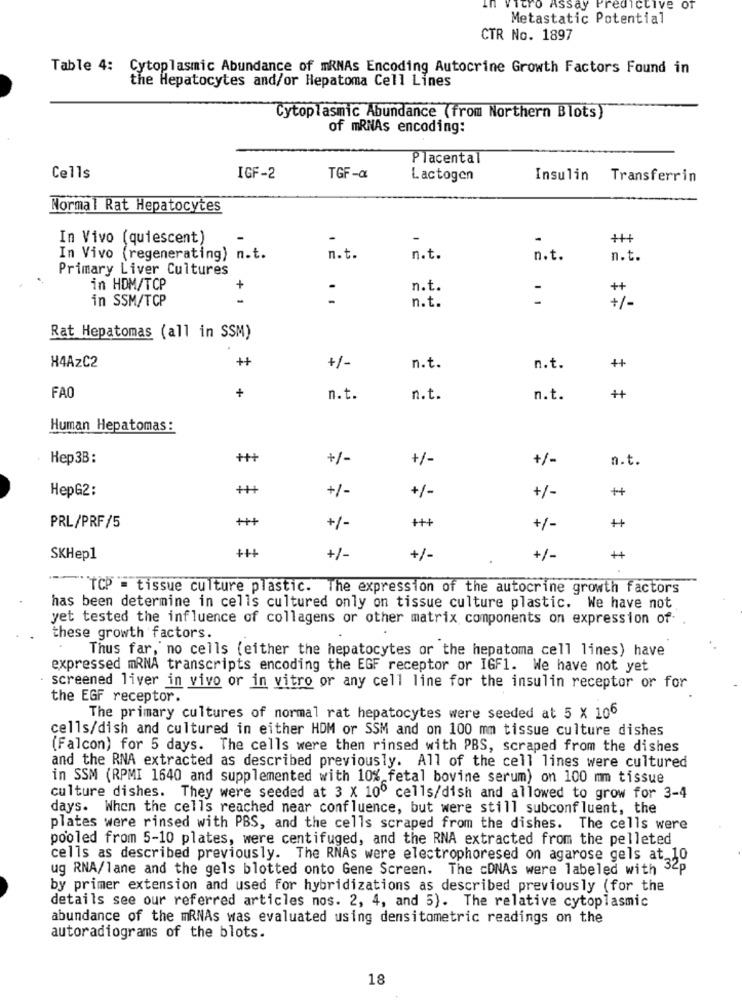
Itro Assay Predictive Of
Metastatic Potential
CTR No. 1897
Table 4: Cytoplasmic Abundance of mRNAs Encoding Autocrine Growth Factors Found in
the Hepatocytes and/or Hepatoma Cell Lines
Cytoplasmic Abundance (from Northern Blots)
of mRNAs encoding:
Placental
Cells
IGF-2
TGF-a
Lactogen
Insulin
Transferrin
Normal Rat Hepatocytes
In Vivo (quiescent)
-
+H
In Vivo (regenerating) n.t.
n.t.
n.t.
n.t.
n.t.
Primary Liver Cultures
in HDM/TCP
n.t.
-
++
in SSM/TCP
+ 1
:
n.t.
+/-
Rat Hepatomas (all in SSM)
H4AzC2
++
+/-
n.t.
n.t.
++
+
FAO
n.t.
n.t.
n.t.
++
Human Hepatomas:
Hep3B:
+++
+/-
+/-
+/-
n.t.
HepG2:
+++
+/-
+/
++
+/-
+++
+++
++
PRL/PRF/5
+/-
+/-
+++
SKHep1
+/-
+/-
+/-
"""TCP = tissue culture plastic. The expression of the autocrine growth factors
has been determine in cells cultured only on tissue culture plastic. We have not
yet tested the influence of collagens or other matrix components on expression of-
these growth factors.
Thus far, no cells (either the hepatocytes or the hepatoma cell lines) have
expressed mRNA transcripts encoding the EGF receptor or IGF1. We have not yet
. screened liver in vivo or in vitro or any cell line for the insulin receptor or for
the EGF receptor.
The primary cultures of normal rat hepatocytes were seeded at 5 X 106
cells/dish and cultured in either HDM or SSM and on 100 mm tissue culture dishes
(Falcon) for 5 days. The cells were then rinsed with PBS, scraped from the dishes
and the RNA extracted as described previously. All of the cell lines were cultured
in SSM (RPMI 1640 and supplemented with 10% fetal bovine serum) on 100 mm tissue
culture dishes. They were seeded at 3 x 100 cells/dish and allowed to grow for 3-4
days. When the cells reached near confluence, but were still subconfluent, the
plates were rinsed with PBS, and the cells scraped from the dishes. The cells were
pooled from 5-10 plates, were centifuged, and the RNA extracted from the pelleted
cells as described previously. The RNAs were electrophoresed on agarose gels at 10
ug RNA/lane and the gels blotted onto Gene Screen. The cDNAs were labeled with 32p
by primer extension and used for hybridizations as described previously (for the
details see our referred articles nos. 2, 4, and 5). The relative cytoplasmic
abundance of the mRNAs was evaluated using densitometric readings on the
autoradiograms of the blots.
18